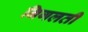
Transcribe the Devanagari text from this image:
निगलती